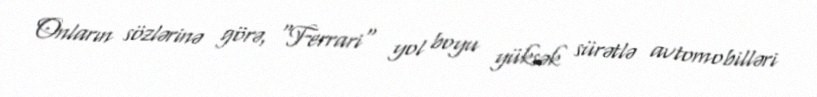
Onların sözlərinə görə, "Ferrari" yol boyu yüksək sürətlə avtomobilləri